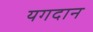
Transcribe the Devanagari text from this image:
यगदान